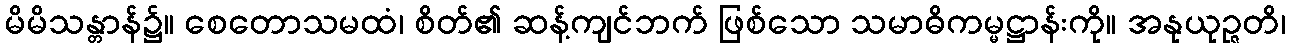
မိမိသန္တာန်၌။ စေတောသမထံ၊ စိတ်၏ ဆန့်ကျင်ဘက် ဖြစ်သော သမာဓိကမ္မဋ္ဌာန်းကို။ အနုယုဉ္ဇတိ၊